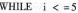
WHILE $$i < =5$$